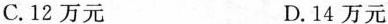
C.12万元 D.14万元